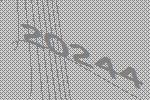
20244